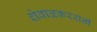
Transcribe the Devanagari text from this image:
शेवाळकररांनी